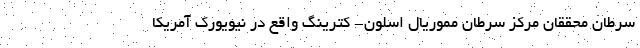
سرطان محققان مرکز سرطان مموریال اسلون- کترینگ واقع در نیویورک آمریکا